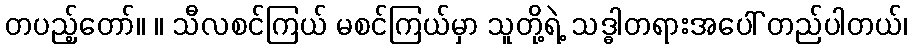
တပည့်တော်။ ။ သီလစင်ကြယ် မစင်ကြယ်မှာ သူတို့ရဲ့ သဒ္ဓါတရားအပေါ် တည်ပါတယ်၊